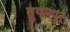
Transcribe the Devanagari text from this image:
तुगलपुर